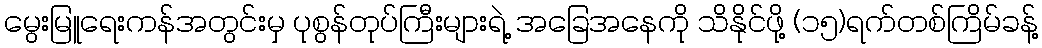
မွေးမြူရေးကန်အတွင်းမှ ပုစွန်တုပ်ကြီးများရဲ့ အခြေအနေကို သိနိုင်ဖို့ (၁၅)ရက်တစ်ကြိမ်ခန့်